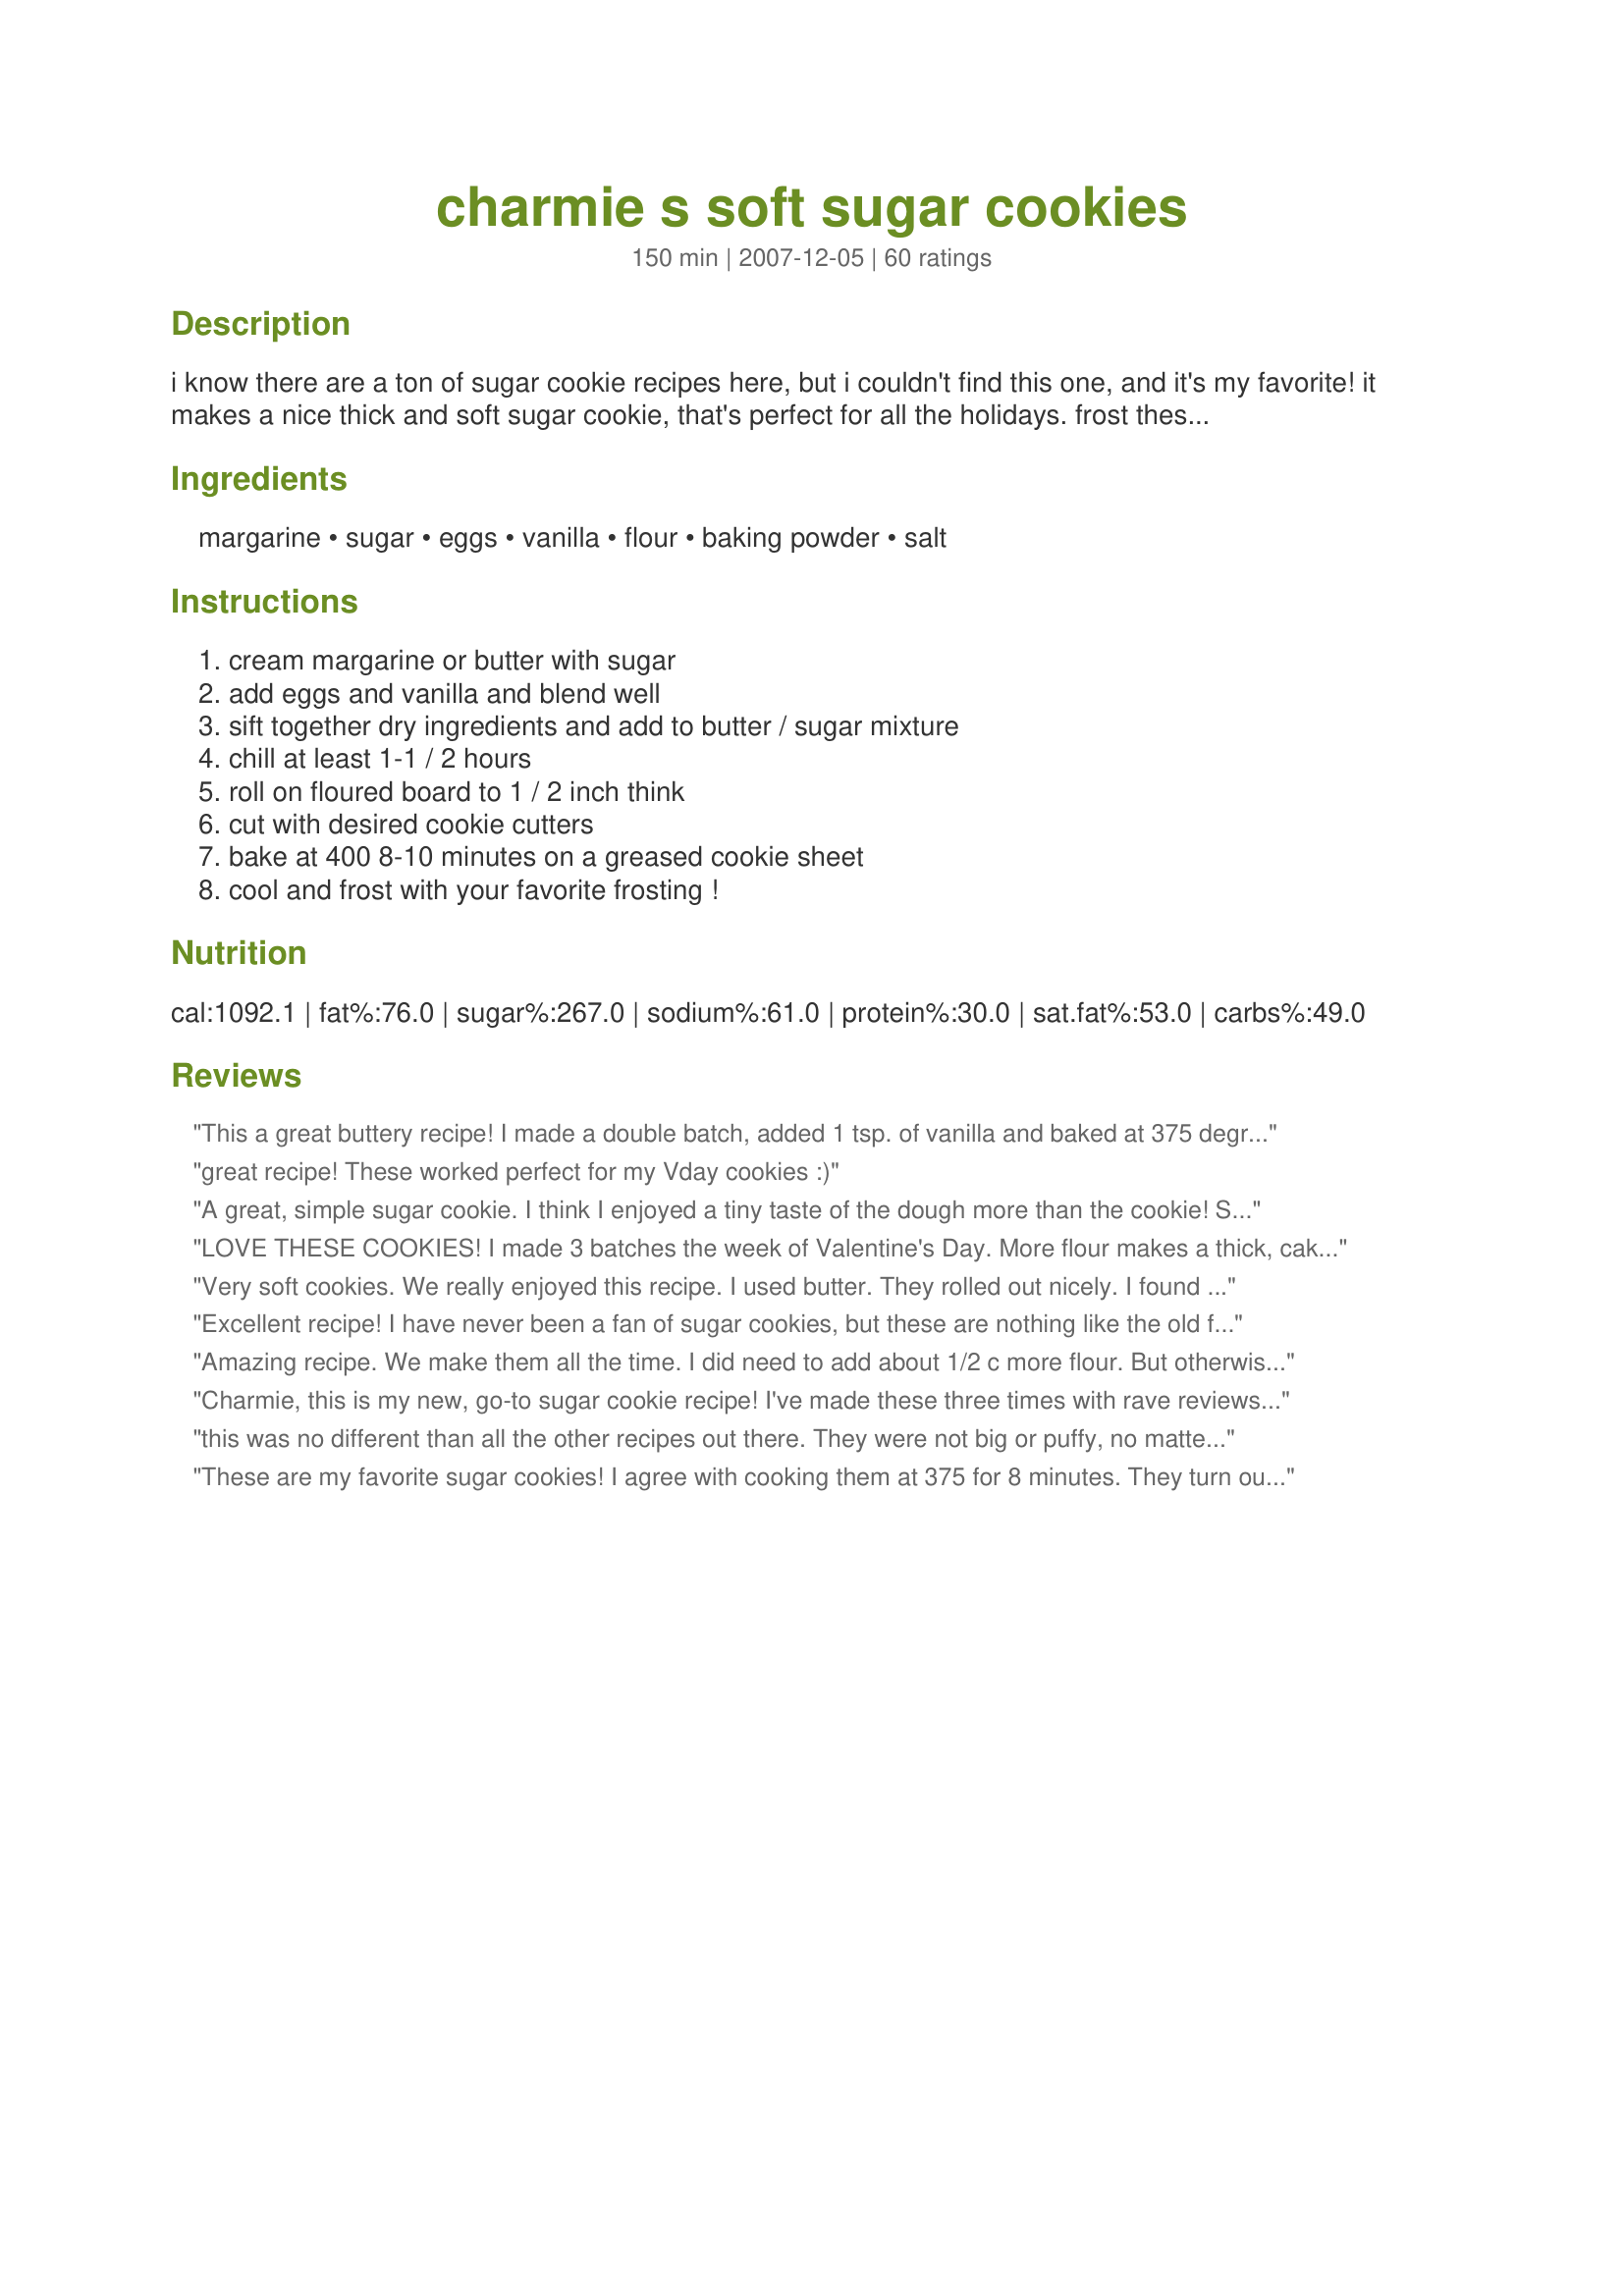
charmie s soft sugar cookies
Preparation time: 150 minutes

i know there are a ton of sugar cookie recipes here, but i couldn't find this one, and it's my favorite! it makes a nice thick and soft sugar cookie, that's perfect for all the holidays. frost these with your favorite vanilla frosting (i often just used the store-bought stuff...shhhhh!). cooking time includes chilling time. i'm guessing on the amount, but i'll adjust when i make these soon!

Ingredients:
margarine, sugar, eggs, vanilla, flour, baking powder, salt

Steps:
cream margarine or butter with sugar, add eggs and vanilla and blend well, sift together dry ingredients and add to butter / sugar mixture, chill at least 1-1 / 2 hours, roll on floured board to 1 / 2 inch think, cut with desired cookie cutters, bake at 400 8-10 minutes on a greased cookie sheet, cool and frost with your favorite frosting !

Reviews:
This a great buttery recipe! I made a double batch, added 1 tsp. of vanilla and baked at 375 degrees for 8 minutes. This is my new sugar cookie recipe - thanks!
great recipe! These worked perfect for my Vday cookies :)
A great, simple sugar cookie. I think I enjoyed a tiny taste of the dough more than the cookie! So bad, I know. Thanks, Charmie.
LOVE THESE COOKIES! I made 3 batches the week of Valentine's Day. More flour makes a thick, cake like cookie. Less flour makes a soft fluffy cookie. I'll use this recipe for all of my future sugar cookies.
Very soft cookies. We really enjoyed this recipe. I used butter. They rolled out nicely. I found that baking them at 400 was to hot for the first batch so I dropped the temp down to 375 and mine baked up in 8 minutes using parchment paper. Made Valentine cutouts and frosted them with recipe#80118. Thanks for sharing this recipe and one that I will be using often.
Excellent recipe! I have never been a fan of sugar cookies, but these are nothing like the old family recipes I've been making! These are soft, and not too sweet, just melt in your mouth. Be sure to keep the dough very cold, it can get hard to work with. I did add 1/4 c. extra flour, just for easier rolling. I am now a fan, Thanks, Charmie!
Amazing recipe. We make them all the time. I did need to add about 1/2 c more flour. But otherwise it's perfect!
Charmie, this is my new, go-to sugar cookie recipe! I've made these three times with rave reviews! I made exactly as directed and the cookies turned out perfect! These cookies aren't overly sweet, making them great for icing and decorating. Thanks so much! (Note: If you have large cookie cutters like I do (Crate and Barrel), I would suggest doubling the recipe. The first time I made this recipe, I didn't double it and I only got 10 cookies! LOL!)
this was no different than all the other recipes out there. They were not big or puffy, no matter how thick i rolled them and they are not soft. Also, they have no taste except very, very sugary. Two thumbs down
These are my favorite sugar cookies! I agree with cooking them at 375 for 8 minutes. They turn out perfect every time.
These were pretty good and came out decently- but they just didn't seem sugary enough for me(I have a huge sweet tooth!) However, everyone else liked them just fine and this recipe is pretty much idiot proof :) Thanks Charmie!
This is one of the easiest and best tastiest sugar cookie recipes out there. Made with butter, had no problems with dough being stick. Frosted with Sugar Cookie Frosting# 235776, this frosting sets well so you can stack the cookies. Whole family love these cookies so much, went out and bought 18 more different cookie cutters just to make these again Christmas Day. Will enjoy making these for other holiday cutout cookies.
After moving from almost sea level to 6500 ft elev, I found that some recipes just didn't convert very well. Sadly, one of these recipes was for my great-grandma's sugar cookies. I've looked everywhere for a comparible one and this was the closest I've found yet (not quite there, but awfully close!). I did add 1 tsp of nutmeg to the dry ingredients to match it up better. It gives the cookie a great taste!
i lved it i just use a little less sugar hough the temp was a to high i love it
I'm not a fan of sugar cookies but my daughter made these for her class so I ate some. They were slightly crunchy on the edges and soft everywhere else, which is my perfect for cookies. I think I would have enjoyed them frosted more. Still a little addictive.
This recipe was just what I was looking for. I didn't leave them thick enough when I rolled the dough, so they seemed too crisp when they came out of the oven. But after they were cooled and frosted (thanks to Calee for recommending Kittencal's Creamy White Buttercream Frosting/Icing), I put them in an airtight container, and they softened. Turned out just right!
Making these currently. This recipe yielded a batter rather than a dough. I have no idea how this is going to bake.
i also baked them at 350. excellent
I did a double batch of these cookies on 350 with parchment paper! They turned out amazing!
I made these for the first time for Christmas and they turned out awesome
Oh heck yea! You need sugar cookies these are your cookies
Great cookies. They take about 12 minutes to bake but otherwise,good.
These cookies were really easy to make. The dough was in my refridgerator for 2 days and all I had to do was let it warm up to use. They stayed soft for several days, but to stay that way they need to be placed in an airtight container. Awesome Recipe.
these cookies turned out amazing! My mom and brother ate all of them in about 2 days. they're soft and sweet but not too sweet, so icing adds the perfect touch. definitely will make again!
turned out perfect. We dont have "soft" biscuits much, so it was an interesting excercise:)
I used self raising flour, chilled the dough over night. It was still very soft, and I didnt think it would roll, but it did.
I didnt think I would like them too big and soft, so I rolled the dough out thinly, and the result was crispy edges. I loved the taste, and because mine are thinner, I think they would be great sandwhiched with frosting.
thanks charmie 777
My granddaughter loves to make these! With the Cream Cheese Frosting, they are delicious! Definitely need to chill, they are truly sugar cookies, and if you use anything but round cutters, you will need it throughly chilled.
I liked this recipe. They were soft and they did puff up quite a bit. I thought they lacked in flavor just a little bit. I will use this recipe again, but I'll add more vanilla or other flavoring. Thanks for the recipe Charmie! My kids had a blast decorating these cookies.
These are just awesome! I have made them a few times and they come out perfect everytime!
Great soft roll-out dough!!! Made them circle shaped for Earth Day for kindergarden students and they all loved them. Substituted royal icing for a lime icing instead, and they turned out heavenly!!
These were delicious! I made them for my nephews B-day party and everyone loved them. I frosted them with cream cheese frosting. I decreased the temp. to 375 degrees, as suggested. Unfortunately I left the first batch in for a few minutes too long, but they were still fairly soft and chewy!
I made a batch of these last week to get a head start on holiday baking, and today I had to go back and make a second batch because these worked out really well! They're not too sweet, which is a good thing because the frosting I use is very sweet. The dough was easy to work with and the cookies retain their cut-out shapes after baking (they don't puff up so much that the shapes get distorted). I increased the vanilla to 1 teaspoon. I followed previous reviewers' suggestions and decreased the oven temperature to 375 degrees. Baked for 8 minutes and they turned out perfect. My 3 year old had a blast helping me decorate the first batch, and she's anxiously awaiting tomorrow when we get to put frosting and sprinkles on the latest ones. Thanks so much for posting!!!!
Wonderful! I am not much of a baker, but these will make everyone think I am. 
Thanks so much!
These were INCREDIBLE, but they were more of the lofthouse-cookie variety. Lofthouse cookies are those amazing cookies you buy at the store, and they were no different, maybe even better, when homemade (and a lot cheaper)
We thought we'd experiment with a new sugar cookie recipe for our valentine day cutouts. I've never made a sugar cookie that stays soft for so long! I followed the directions exactly, but added almost 2tsp of lemon zest. I disagree with the other reviewers, the cooking temp and time were spot on! My 5 year old managed to mix these cookies, roll them out(with some help from mama) and decorate them without much effort, the most difficult task of the day was the cleanup T-T. Will be using this recipe again in the future for our stained glass window cookies <3 thanks for a great recipe Charmie!!!!!
This is an excellent sugar cookie. I agree to bake it on 350 instead of 400. I also used butter instead of margarine. It stays soft and keeps like just baked for at least 3 weeks, even if you overbake it a little, which I did with the first batch with the edges a little browned. Everyone just loved the cookies. Definitely a keeper.
I wanted to try a new sugar cookie recipe for frosting as my go to is quite sweet without frosting. I sensed before whipping these up that the salt content was high and I was right. That is all I could taste. I thought, given I did have a toddler distracting me, I would try another batch. Same thing. Tossed all the cookies. Sticking to my go to.
Agreed w/everyone else that the temp was too high. I even baked mine at 350 and they turned out great (my oven tends to get really hot). I also did put the remaining dough in the fridge in between batches b/c as someone else posted, the dough got soft really quick. The cookies themselves came out BIG, SOFT, DELICIOUS...PERFECT!
I think this was a great recipe. I used butter, and made a double batch. It does warm up quickly, so keep the extra dough in the fridge while rolling a batch out. I rolled these thick & used pretty big Wilton cutters, so my yield was a lot less than posted, but they are great & they puffed up quite a bit while baking, so keep the cutters simple. I really liked just doing a plain circle & my dd & I had a great time decorating them. They were very soft & tasted great! This is definitely a keeper!!!
These are without a doubt the best sugar cookie i have ever made. Wonderful flavor and very soft.
I just whipped up a double batch of the batter for these. It seems rather wet/sticky. Hopefully it will tighten up after it sits in the fridge for a few hours while we're at the Christmas parade. I'm looking forward to making these cookies with my kids tonight judging by the reviews. I'll certainly update after we make them.
This is my go to sugar cookie recipe now!
Great for dense cakey type sugar cookie. Even with warm dough they didn't spread too bad, I underbaked mine to avoid crisp eges. Great recipe!
Left them unfrosted and served them with raspberry jam. Delicious! Will definitely make them again and frost them.
This recipe is great. The cookies turn out very soft and fluffy. Also was a very easy dough to work with to roll out and cut cookies.
Not fluffy, not soft.
Really enjoyed these cookies although I did change a couple of ingredients. Used whole wheat flour, made cookies a little thinner and put together with icing.
I just made these for my daughter class V-Day party and they turned out great....love this recipe...will used this from now on..fast easy and tastes great...
Only bake them for 8-9 minutes on 400, because I baked them for 10 minutes and some of the bottoms were burnt. I need them for an important event tomorrow and don't have time to make another batch. Otherwise they're good.
I had some problem with the dough sticking, but it worked out in the end. They taste great. Thanks for sharing!
I recently made these for Valentine's Day using heart shaped cutters. I made jumbo sized ones and only had 14 cookies. So next time I will double the recipe. I iced them with a powdered sugar/white syrup icing. Really good and so fast and easy to make!
Great sugar cookie recipe! Cookies weren’t overly sweet. Easy to make. I’m keeping this as my go to sugar cookie recipe.
Absolutely love this recipe, tried it today after my numerous attempts at trying to find a good cookie recipe and after making these I don&#039;t think I need to look at any others, although the cookies are soooooo good, I found that 2 1/2 cups of flour wasn&#039;t enough so I used 3 cups instead and the dough was perfect.
They turned out a little bland, but good otherwise. The 400&deg; was perfect for me, not sure why everyone else had issues. I'm no baker, but I'd recommend a little more vanilla extract and sugar than suggested. 9 minutes was perfect for the cookies at 400&deg;. Only got two dozen cookies as compared to the 3 dozen the recipe is supposed to make.
Nice and soft. Makes a nice buttery cookie, but somethings seems to be missing for me. Glad I tried it, I may even make it again, however my quest for the perfect sugar cookie continues. Thank you for posting this recipe.
Even after chilling over night, the &quot;dough&quot; was more like a batter. Impossible to roll as is. We had to add flour repeatedly before we had a consistency that could be worked with. We easily added 2 cups of flour to the batter before it was a dough. Of course, with that amount of additional flour, the flavor was less that ideal and next time we will add more sugar as well, or honestly just use a different recipe. The cookies LOOK gorgeous, but they taste rather flour-y. I'm sure the flavor would be be much better without the added flour, but again, without the added flour, it was more ideal for making pancakes or waffles than rolled and cut cookies. Regardless, I'm sure that Santa will be a gracious guest, as always, and enjoy the festive look of his cookies.
Dunno yet, the mix came out too dry and I had to add in a little more egg to compensate. We measured it out right, so I'm not sure what went wrong. Hope they bake ok...I know from experience that baking at 350 is what they will be baked at otherwise the edges will be too hard, almost burnt, and the middle uncooked.
Wonderful recipe! I made these with my kids last night and they turned out great. Very simple and tasty! We iced them with store bought icing but left some plain also, i can't stop eating them :-) We have a convection oven, they turned out perfect when we baked them at 350 degrees for 8 minutes. This recipe is definitely a keeper!
Great recipe. Turned out melt in your mouth soft. Instead of vanilla extract, I used 1/2tsp lemon extract.
My kids and I loved this recipe! It was very different from any of the recipes I've tried and very fluffy, however it could have used a bit more flavor. And I think that maybe chef#701826 may have had some out of date baking powder.
these cookies are amazing! i followed this exact recipe when i made them and they were so chewy and so soft. everyone who has tasted them has asked me if i can make them again. 10/10!
